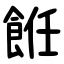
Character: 餁